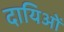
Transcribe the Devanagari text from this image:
दायिओं